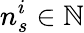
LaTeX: n_{s}^{i}\in\mathbb{N}